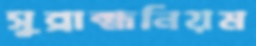
সুব্রাহ্মনিয়ম